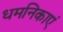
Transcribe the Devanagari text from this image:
धमनिकाएं